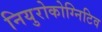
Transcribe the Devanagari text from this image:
नियुरोकोग्निटिव